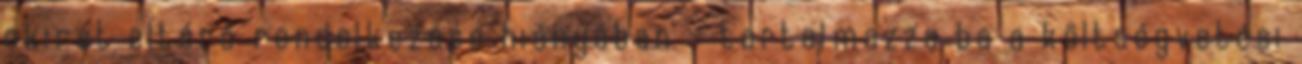
okirat eltérő rendelkezése hiányában – tartalmazza ba a költségvetési